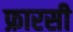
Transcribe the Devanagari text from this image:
फ्रारसी